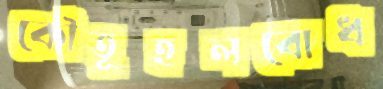
কৌতূহলবোধ